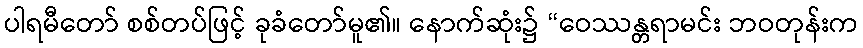
ပါရမီတော် စစ်တပ်ဖြင့် ခုခံတော်မူ၏။ နောက်ဆုံး၌ “ဝေဿန္တရာမင်း ဘဝတုန်းက